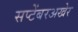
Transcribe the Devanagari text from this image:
सप्टेंबरअखेर